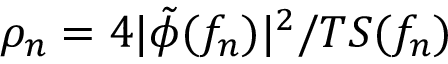
\rho _ { n } = 4 | \tilde { \phi } ( f _ { n } ) | ^ { 2 } / T S ( f _ { n } )